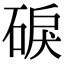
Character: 𥓎